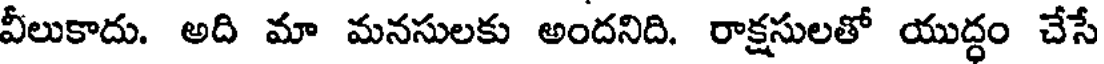
వీలుకాదు. అది మా మనసులకు అందనిది. రాక్షసులతో యుద్ధం చేసే